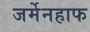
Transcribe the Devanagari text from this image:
जर्मेनहाफ